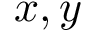
x , y